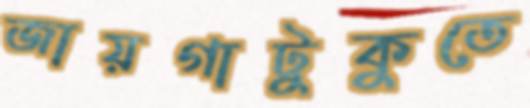
জায়গাটুকুতে